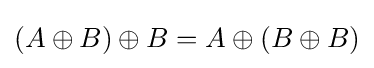
(A\oplus B)\oplus B=A\oplus (B\oplus B)